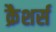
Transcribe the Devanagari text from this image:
क्रैशर्स